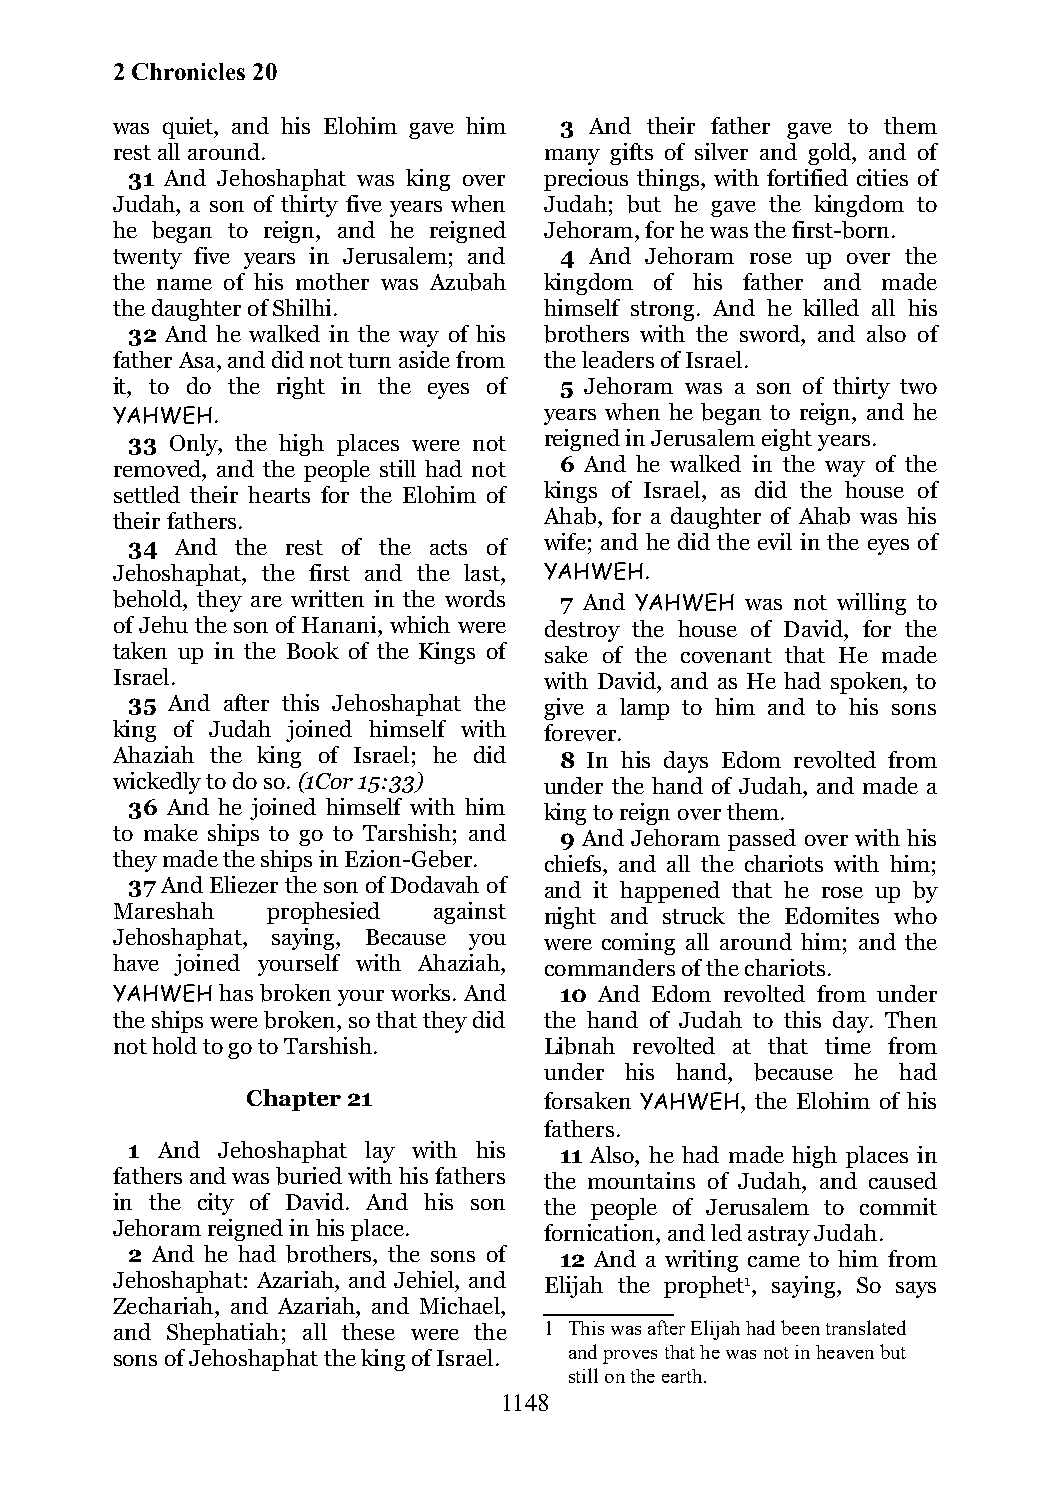
2 Chronicles 20
 was quiet, and his Elohim gave him 3 And their father gave to them
 rest all around.             many gifts of silver and gold, and of
 31 And Jehoshaphat was king over precious things, with fortified cities of
 Judah, a son of thirty five years when Judah; but he gave the kingdom to
 he began to reign, and he reigned Jehoram, for he was the first-born.
 twenty five years in Jerusalem; and 4 And Jehoram rose up over the
 the name of his mother was Azubah kingdom of his father and made
 the daughter of Shilhi.      himself strong. And he killed all his
 32 And he walked in the way of his brothers with the sword, and also of
 father Asa, and did not turn aside from the leaders of Israel.
 it, to do the right in the eyes of 5 Jehoram was a son of thirty two
 YAHWEH.                      years when he began to reign, and he
 33 Only, the high places were not reigned in Jerusalem eight years.
 removed, and the people still had not 6 And he walked in the way of the
 settled their hearts for the Elohim of kings of Israel, as did the house of
 their fathers.               Ahab, for a daughter of Ahab was his
 34  And the rest of the acts of wife; and he did the evil in the eyes of
 Jehoshaphat, the first and the last, YAHWEH.
 behold, they are written in the words 7 And YAHWEH was not willing to
 of Jehu the son of Hanani, which were destroy the house of David, for the
 taken up in the Book of the Kings of sake of the covenant that He made
 Israel.                      with David, and as He had spoken, to
 35 And after this Jehoshaphat the give a lamp to him and to his sons
 king of Judah joined himself with forever.
 Ahaziah the king of Israel; he did 8 In his days Edom revolted from
 wickedly to do so. (1Cor 15:33) under the hand of Judah, and made a
 36 And he joined himself with him king to reign over them.
 to make ships to go to Tarshish; and 9 And Jehoram passed over with his
 they made the ships in Ezion-Geber. chiefs, and all the chariots with him;
 37 And Eliezer the son of Dodavah of and it happened that he rose up by
 Mareshah   prophesied against night and struck the Edomites who
 Jehoshaphat, saying, Because you were coming all around him; and the
 have joined yourself with Ahaziah, commanders of the chariots.
 YAHWEH  has broken your works. And 10 And Edom revolted from under
 the ships were broken, so that they did the hand of Judah to this day. Then
 not hold to go to Tarshish.  Libnah revolted at that time from
 under his hand, because he had
 Chapter 21          forsaken YAHWEH, the Elohim of his
 fathers.
 1 And Jehoshaphat lay with his 11 Also, he had made high places in
 fathers and was buried with his fathers the mountains of Judah, and caused
 in the city of David. And his son the people of Jerusalem to commit
 Jehoram reigned in his place. fornication, and led astray Judah.
 2 And he had brothers, the sons of 12 And a writing came to him from
 Jehoshaphat: Azariah, and Jehiel, and Elijah the prophet1, saying, So says
 Zechariah, and Azariah, and Michael,
 and Shephatiah; all these were the 1 This was after Elijah had been translated
 sons of Jehoshaphat the king of Israel. and proves that he was not in heaven but
 still on the earth.
 1148